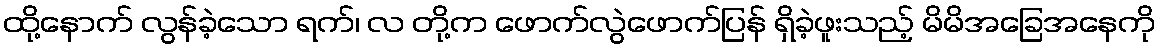
ထို့နောက် လွန်ခဲ့သော ရက်၊ လ တို့က ဖောက်လွဲဖောက်ပြန် ရှိခဲ့ဖူးသည့် မိမိအခြေအနေကို